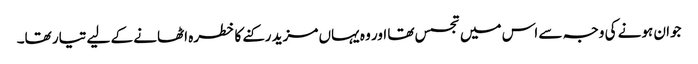
جوان ہونے کی وجہ سے اس میں تجسس تھا اور وہ یہاں مزید رکنے کا خطرہ اٹھانے کے لیے تیار تھا۔